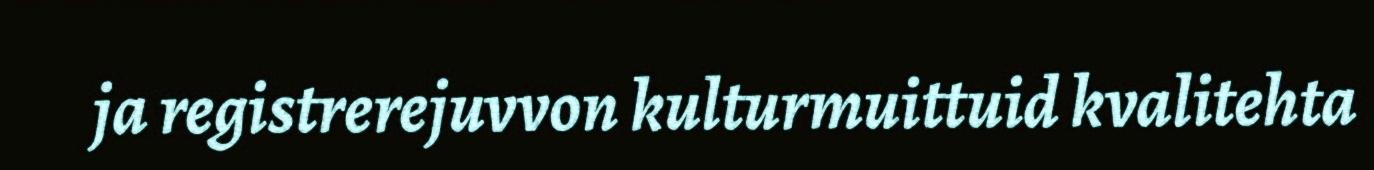
ja registrerejuvvon kulturmuittuid kvalitehta